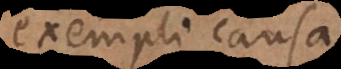
exempli causa